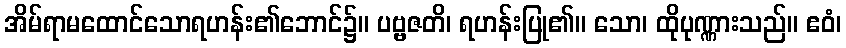
အိမ်ရာမထောင်သောရဟန်း၏ဘောင်၌။ ပဗ္ဗဇတိ၊ ရဟန်းပြု၏။ သော၊ ထိုပုဏ္ဏားသည်။ ဧဝံ၊